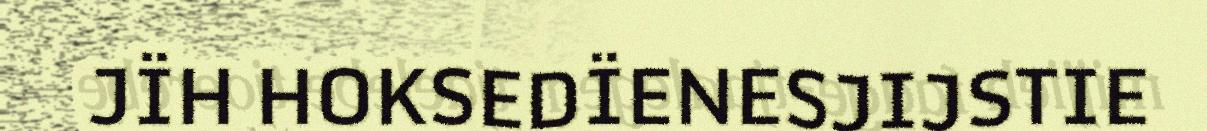
JÏH HOKSEDÏENESJIJSTIE